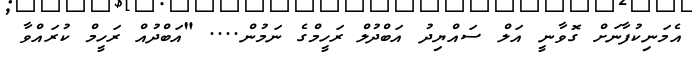
އެމަނިކުފާނަށް ގޮވާނީ އަލް ސައްޔިދު އަބްދުލް ރަހީމްގެ ނަމުން.... "އަބްދުއް ރަހީމް ކުރައްވާ